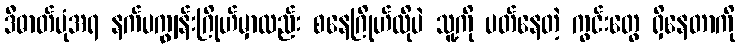
ဒီဓာတ်ပုံအရ နက်ပကျွန်းဂြိုဟ်မှာလည်း စနေဂြိုဟ်လိုပဲ သူ့ကို ပတ်နေတဲ့ ကွင်းတွေ ရှိနေတာကို